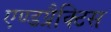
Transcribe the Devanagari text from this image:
एण्डप्रैक्टिस